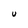
Character: U